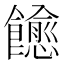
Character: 𬲠